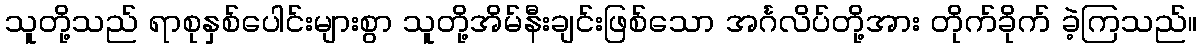
သူတို့သည် ရာစုနှစ်ပေါင်းများစွာ သူတို့အိမ်နီးချင်းဖြစ်သော အင်္ဂလိပ်တို့အား တိုက်ခိုက် ခဲ့ကြသည်။